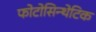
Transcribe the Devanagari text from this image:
फोटोसिन्थेटिक